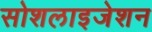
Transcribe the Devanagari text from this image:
सोशलाइजेशन